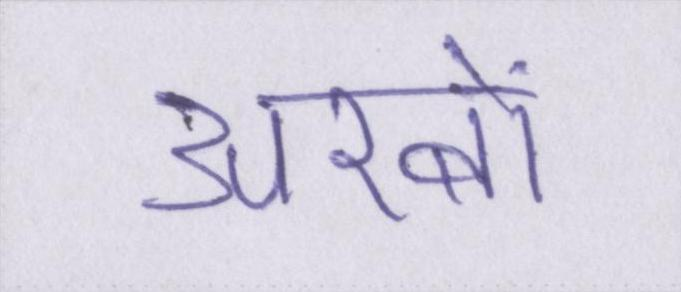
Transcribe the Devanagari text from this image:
अरबों